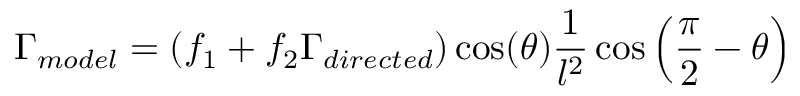
\Gamma _ { m o d e l } = ( f _ { 1 } + f _ { 2 } \Gamma _ { d i r e c t e d } ) \cos ( \theta ) \frac { 1 } { l ^ { 2 } } \cos \left( \frac { \pi } { 2 } - \theta \right)